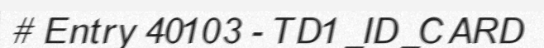
# Entry 40103 - TD1_ID_CARD